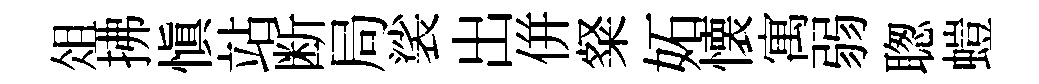
俎拂愼站断局裟出併粲妬懐寓弱聦螘